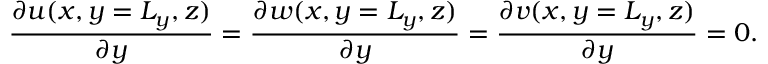
\frac { \partial u ( x , y = L _ { y } , z ) } { \partial y } = \frac { \partial w ( x , y = L _ { y } , z ) } { \partial y } = \frac { \partial v ( x , y = L _ { y } , z ) } { \partial y } = 0 .